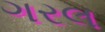
ગરલ